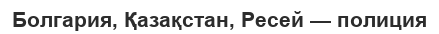
Болгария, Қазақстан, Ресей — полиция